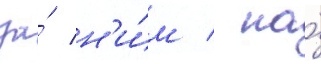
за́ н'и́м / на́